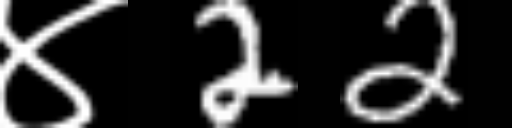
Text: ४22